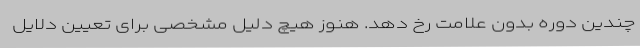
چندین دوره بدون علامت رخ دهد. هنوز هیچ دلیل مشخصی برای تعیین دلایل